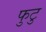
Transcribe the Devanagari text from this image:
फुटु